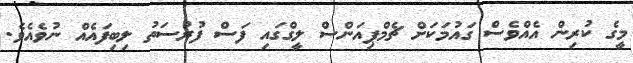
މީގެ ކުރިން އެއްވެސް ގައުމަކަށް ޗެމްޕިއަންސް ލީގްގައި ފަސް ފުރުސަތު ލިބިފައެއް ނުވެއެވެ.